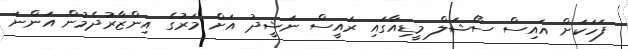
ފަހަކަށް އައިސް ސޯޝަލް މީޑިއާގައި ރައީސް ނަޝީދު އަށް މަރުގެ އިންޒާރުދެމުން އަންނަ